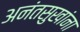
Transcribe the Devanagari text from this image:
अनंतसुखांना